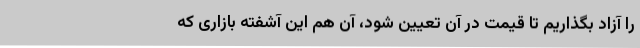
را آزاد بگذاریم تا قیمت در آن تعیین شود، آن هم این آشفته بازاری که